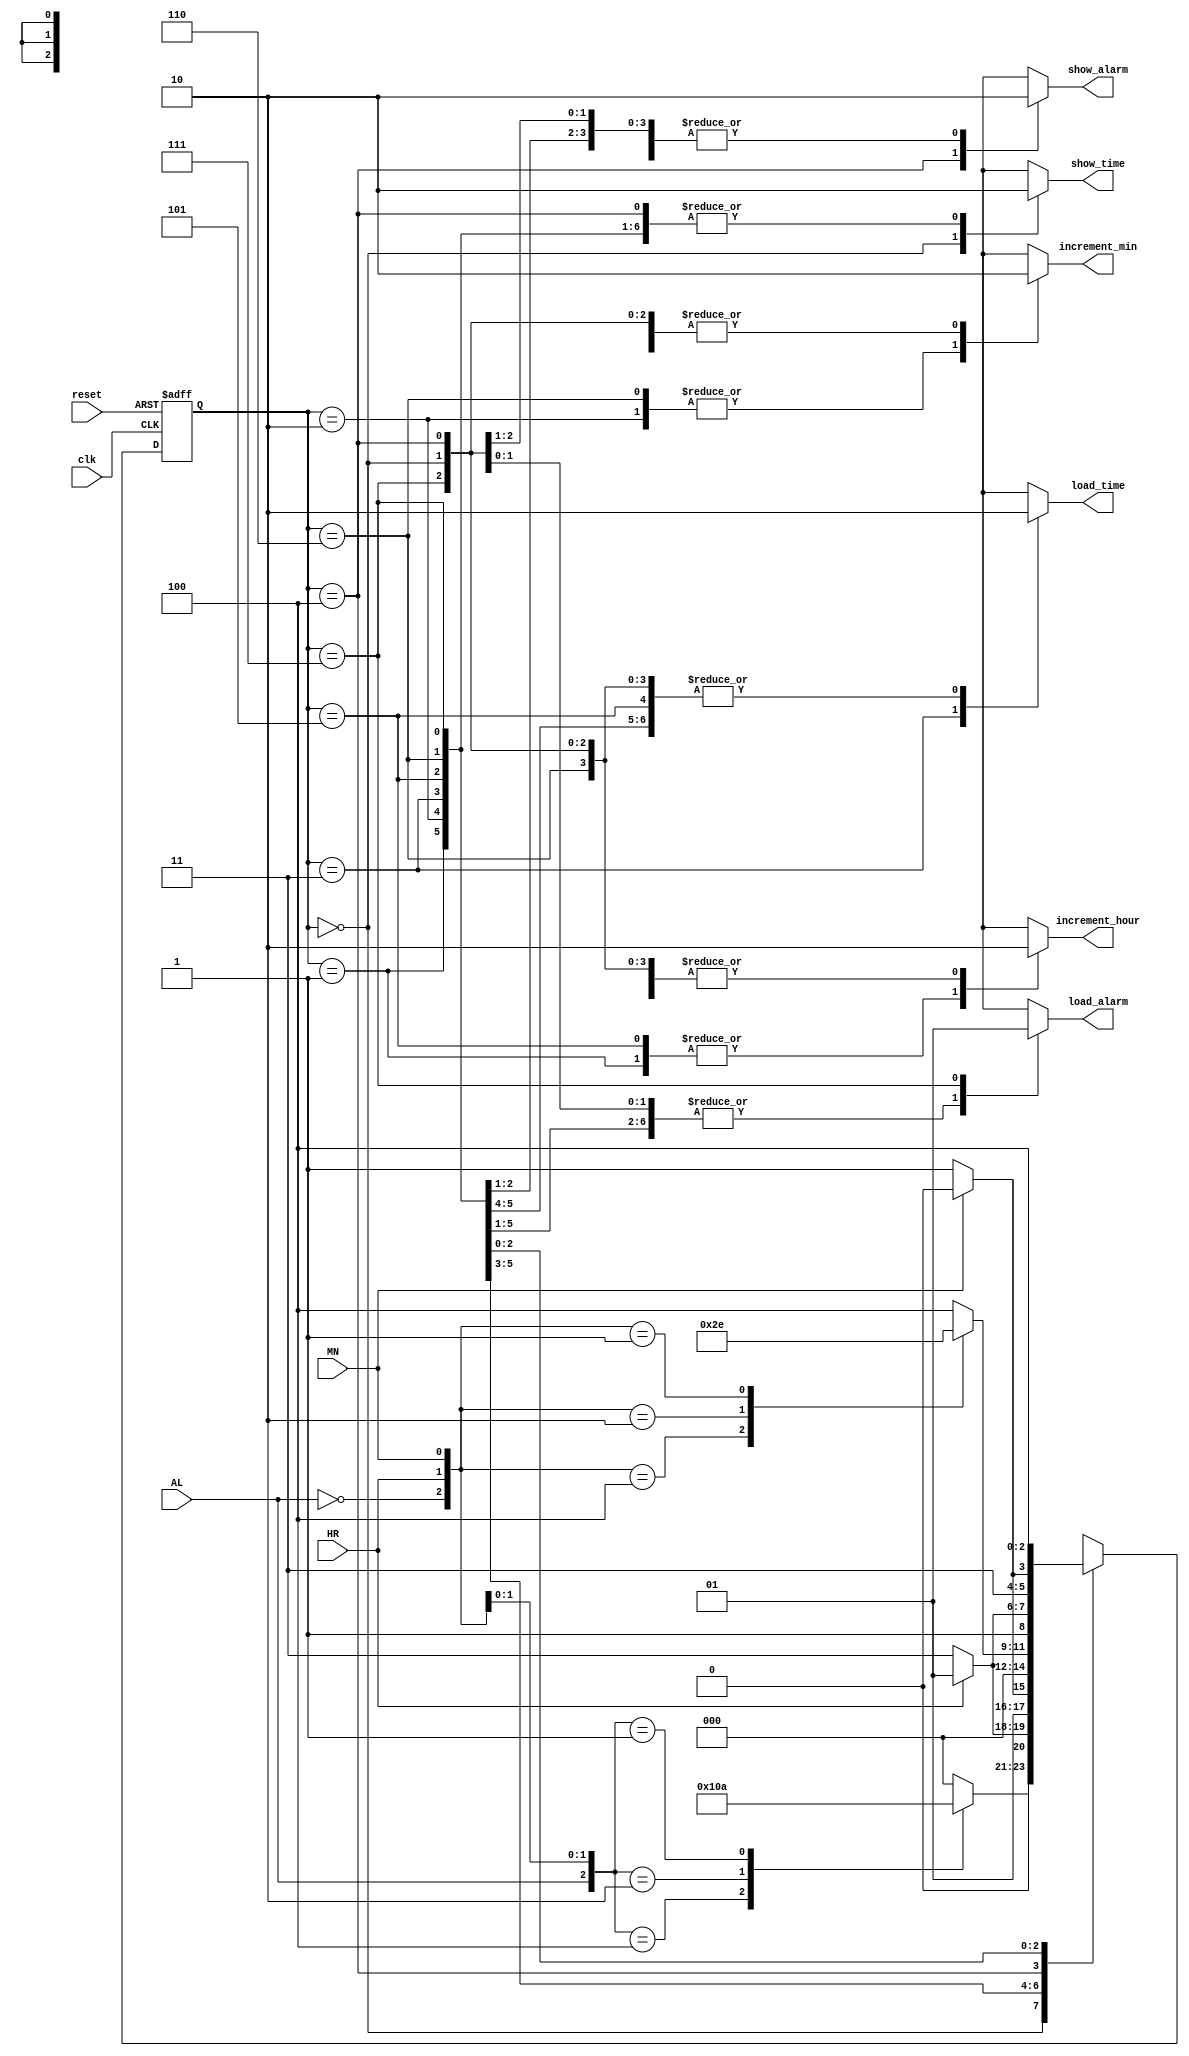
`timescale 1ns / 1ps
//////////////////////////////////////////////////////////////////////////////////
// Company: 
// Engineer: 
// 
// Design Name: 
// Module Name:    controller_fsm 
// Project Name: 
// Target Devices: 
// Tool versions: 
// Description: 
//
// Dependencies: 
//
// Revision: 
// Revision 0.01 - File Created
// Additional Comments: 
//
//////////////////////////////////////////////////////////////////////////////////
module controller_fsm(
	input clk, reset, AL, HR, MN,	//AL = alarm_button_debounced, HR = hour_button_debounced, MN = minute_button_debunced
	output reg show_time, load_time, show_alarm, load_alarm, increment_hour, increment_min
	);
	
	reg [2:0] state;
	reg [2:0] next_state;
	
	parameter SHOW_TIME = 3'd0, INC_TI_HR = 3'd1, INC_TI_MN = 3'd2, SET_TIME = 3'd3,
				 SHOW_ALARM = 3'd4, INC_AL_HR = 3'd5, INC_AL_MN = 3'd6, SET_ALARM = 3'd7;
				
	always@(state, AL, HR, MN)
		case (state)
				SHOW_TIME : begin 
										case({AL,HR,MN})
											3'b100 : next_state = SHOW_ALARM;
											3'b010 : next_state = INC_TI_HR;
											3'b001 : next_state = INC_TI_MN;
											default :next_state = SHOW_TIME;
										endcase
										show_time = 1; load_time = 0; show_alarm = 0; load_alarm = 0; increment_hour = 0; increment_min = 0;
								end
				
				INC_TI_HR : begin 
										next_state = HR ? INC_TI_HR : SET_TIME;
										show_time = 0; load_time = 0; show_alarm = 0; load_alarm = 0; increment_hour = 1; increment_min = 0;
								end
								
				INC_TI_MN :	begin 
										next_state = MN ? INC_TI_MN : SET_TIME;
										show_time = 0; load_time = 0; show_alarm = 0; load_alarm = 0; increment_hour = 0; increment_min = 1;
								end
								
				SET_TIME : begin 
										next_state = SHOW_TIME;
										show_time = 0; load_time = 1; show_alarm = 0; load_alarm = 0; increment_hour = 0; increment_min = 0;
							  end
				
				SHOW_ALARM : begin 
										case({~AL,HR,MN})
											3'B100 : next_state = SHOW_TIME;
											3'B010 : next_state = INC_AL_HR;
											3'B001 : next_state = INC_AL_MN;
											default : next_state = SHOW_ALARM;
										endcase
									
										show_time = 0; load_time = 0; show_alarm = 1; load_alarm = 0; increment_hour = 0; increment_min = 0;
								end
								
				INC_AL_HR : begin 
										next_state = HR ? INC_AL_HR : SET_ALARM;
										show_time = 0; load_time = 0; show_alarm = 0; load_alarm = 0; increment_hour = 1; increment_min = 0;
								end
								
				INC_AL_MN : begin 
										next_state = MN ? INC_AL_MN : SET_ALARM;
										show_time = 0; load_time = 0; show_alarm = 0; load_alarm = 0; increment_hour = 0; increment_min = 1;
								end
								
				SET_ALARM : begin 
										next_state = SHOW_ALARM;
										show_time = 0; load_time = 0; show_alarm = 0; load_alarm = 1; increment_hour = 0; increment_min = 0;
								end
								
				default : begin 
										next_state = SHOW_TIME;
										show_time = 0; load_time = 0; show_alarm = 0; load_alarm = 0; increment_hour = 0; increment_min = 0;
							 end
		endcase
		
	always@(posedge clk, negedge reset)
		if(!reset)
			state <= SHOW_TIME;
		else
			state <= next_state;

endmodule